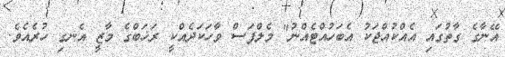
އޭނާގެ ގާތުގައި އެއްކުއްޖަކު އެބަހުއްޓެއްނު" މެލްފަސް ވާހަކަދެއްކީ ރަޚަބްގެ މާޒީ އެނގި ހުރެއެވެ.